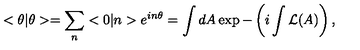
< \theta | \theta > = \sum _ { n } < 0 | n > e ^ { i n \theta } = \int d A \exp - \left( i \int { \cal L } ( A ) \right) ,